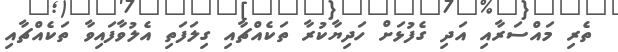
ތެރި މައްސަރާއި އަދި ގެފުޅަށް ހަދިޔާކުރާ ތަކެއްޗާއި ގިލަފަތި އެލުވާފައިވާ ތަކެއްޗާއި